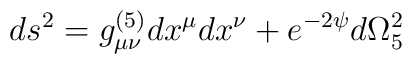
ds^2=g^{(5)}_{\mu \nu}dx^{\mu}dx^{\nu}+e^{-2\psi}d\Omega^2_5